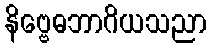
နိဗ္ဗေဓဘာဂိယသညာ